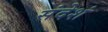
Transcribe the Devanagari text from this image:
संदेशं